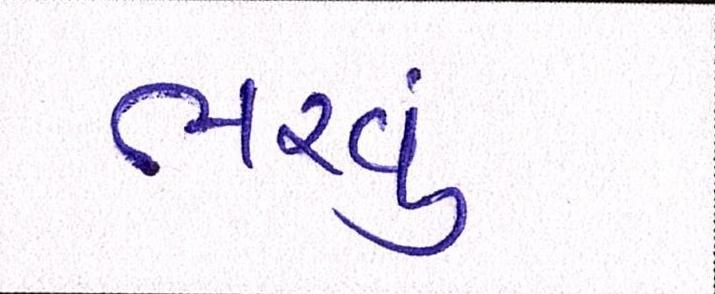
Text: ભરવું